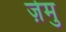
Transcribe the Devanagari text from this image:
ज़ेमु